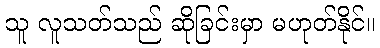
သူ လူသတ်သည် ဆိုခြင်းမှာ မဟုတ်နိုင်။